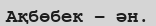
Ақбөбек – ән.